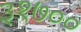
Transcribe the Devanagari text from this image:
३१७००